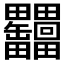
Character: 𦉩